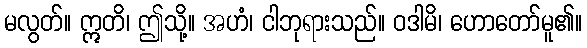
မလွတ်။ ဣတိ၊ ဤသို့။ အဟံ၊ ငါဘုရားသည်။ ဝဒါမိ၊ ဟောတော်မူ၏။